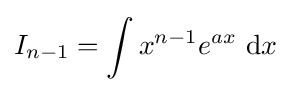
I_{n-1}=\int x^{n-1}e^{ax}\ {\text{d}}x\